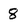
Character: 8